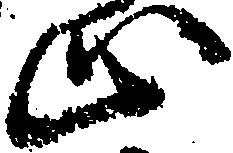
止